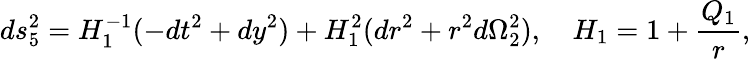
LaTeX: ds_{5}^{2}=H_{1}^{-1}(-dt^{2}+dy^{2})+H_{1}^{2}(dr^{2}+r^{2}d\Omega_{2}^{2}),\quad H_{1}=1+{\frac{Q_{1}}{r}},